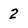
Character: 2